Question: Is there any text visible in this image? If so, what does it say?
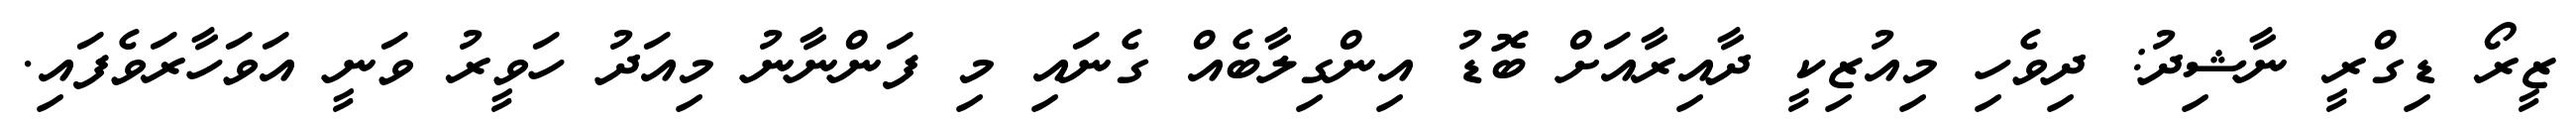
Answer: ޒީރޯ ޑިގްރީ ނާޝިދު: ދިވެހި މިއުޒިކީ ދާއިރާއަށް ބޮޑު އިންގިލާބެއް ގެނައި މި ފަންނާނު މިއަދު ހަވީރު ވަނީ އަވަހާރަވެފައި.